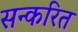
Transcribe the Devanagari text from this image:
सन्करित